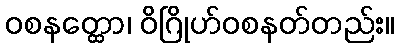
ဝစနတ္ထော၊ ဝိဂြိုဟ်ဝစနတ်တည်း။